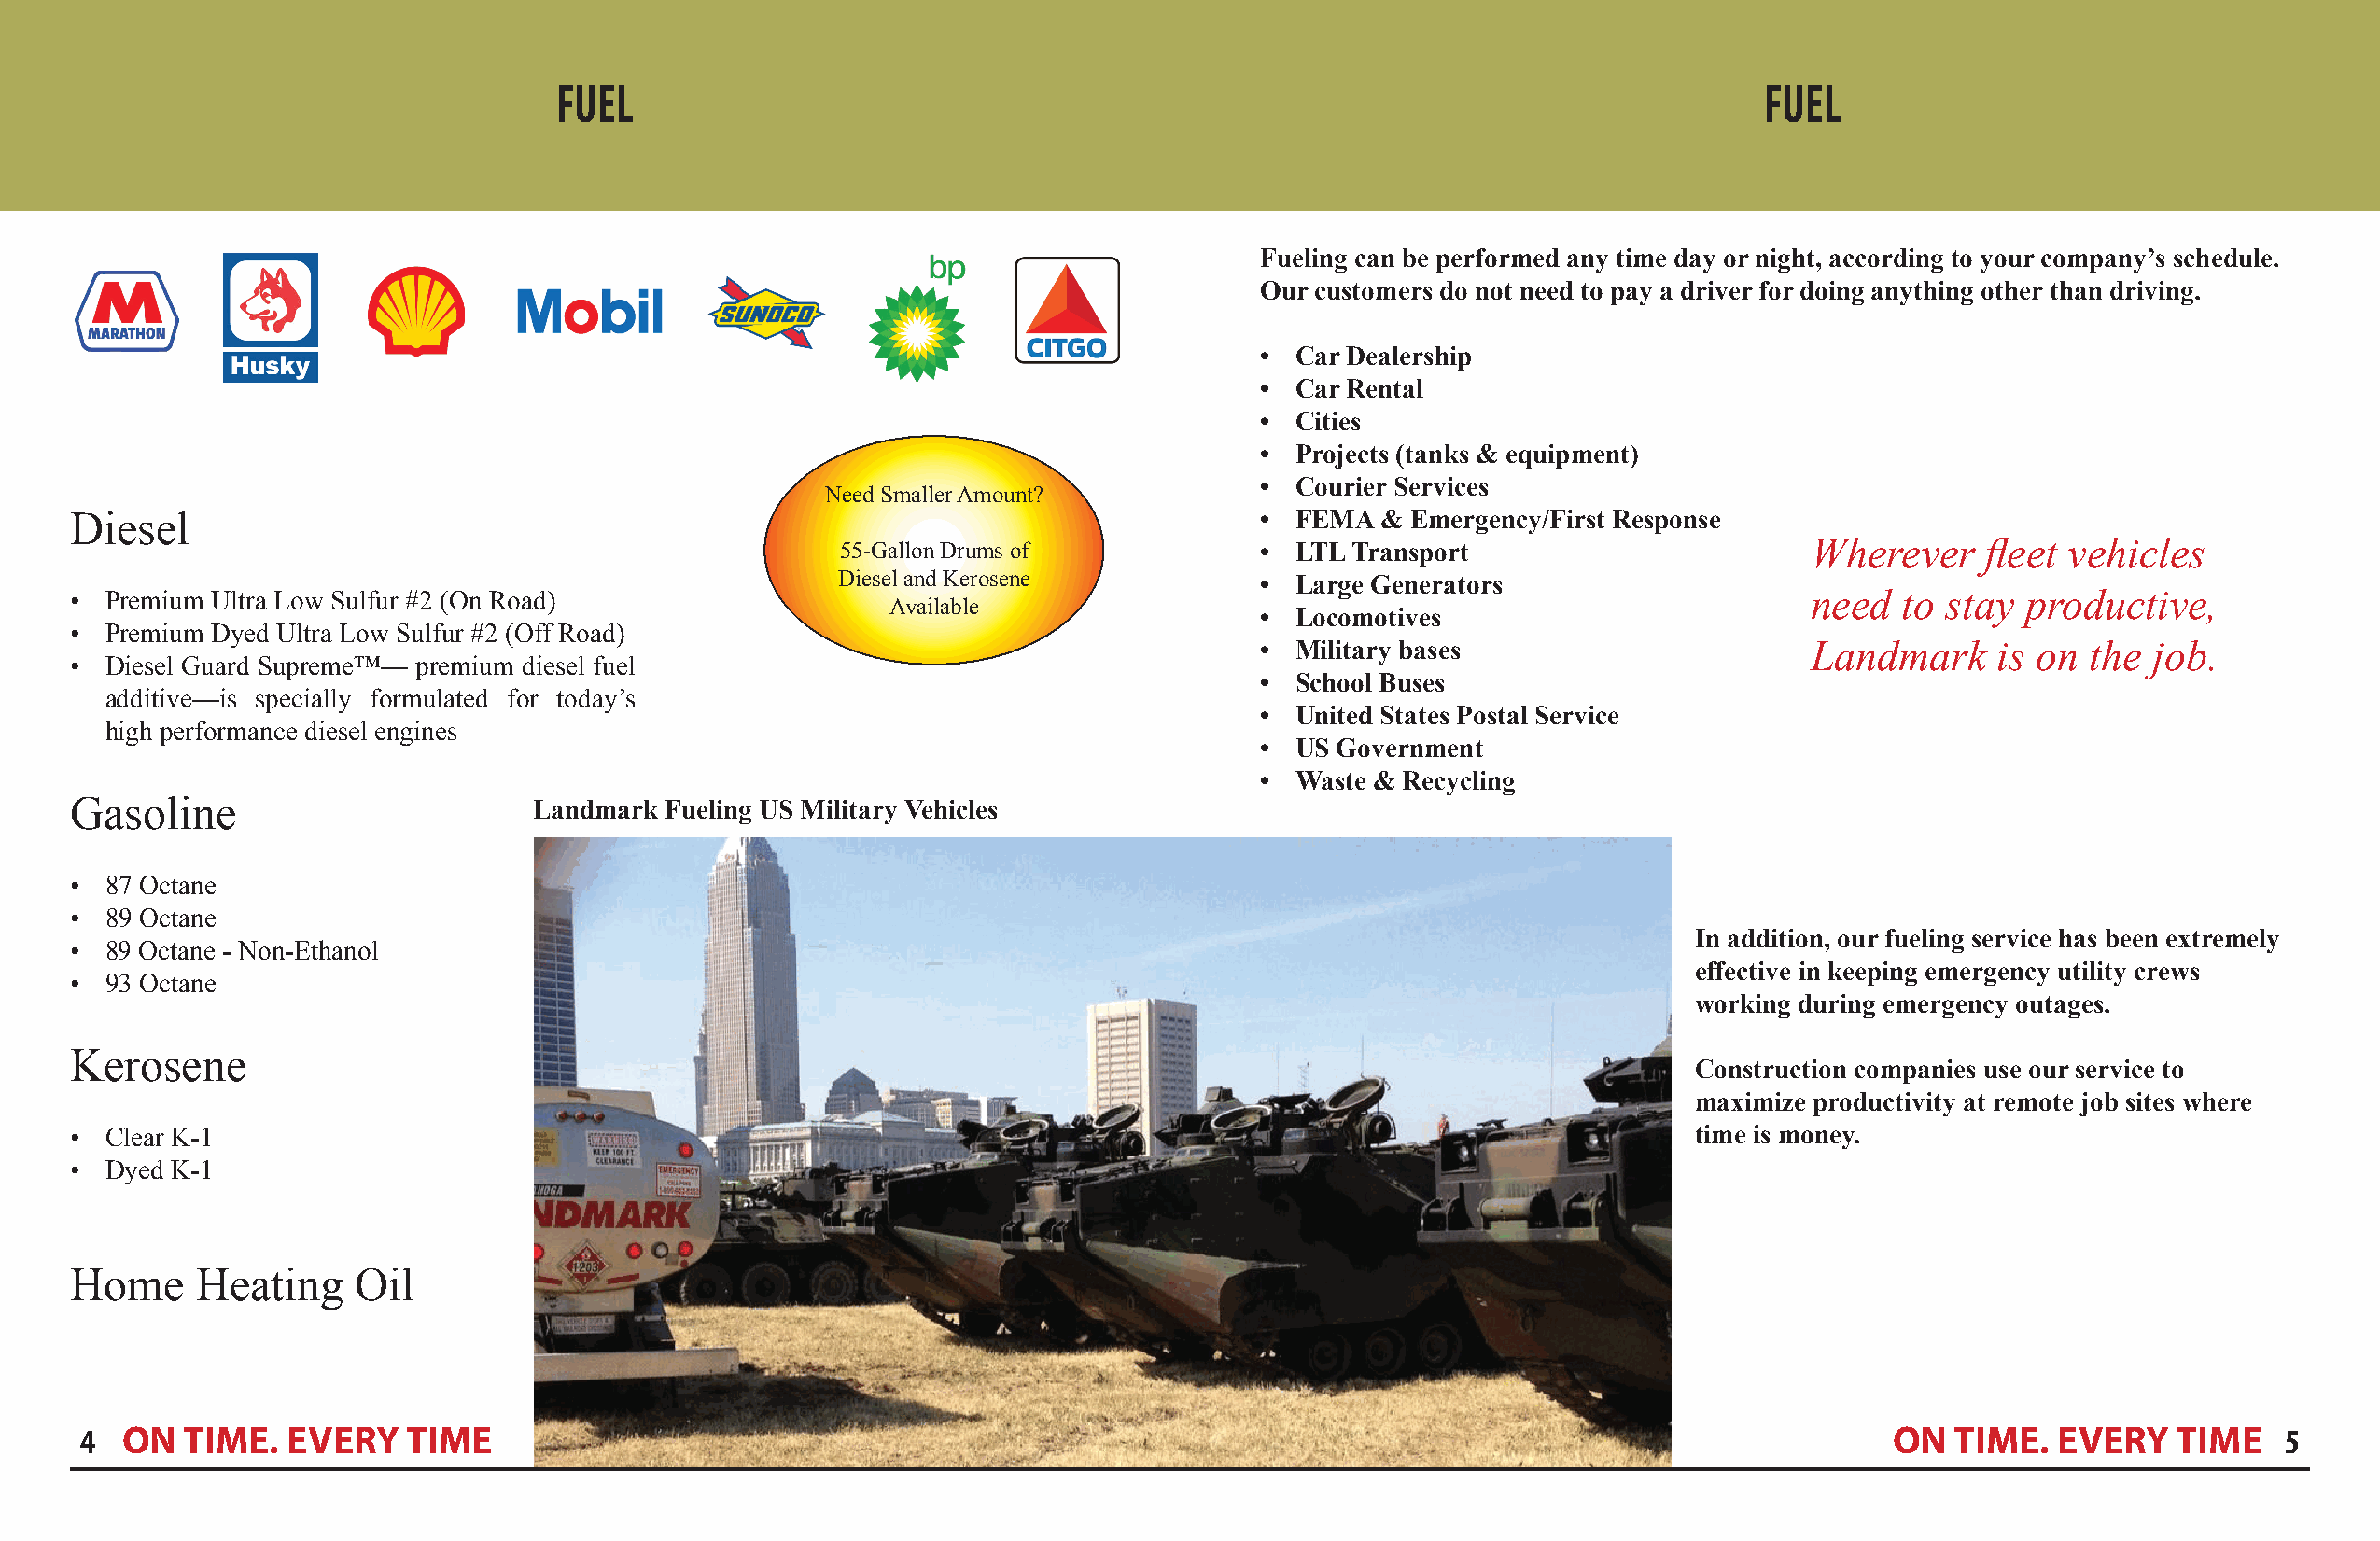
FUEL                                                                                  FUEL
 Fueling can be performed any time day or night, according to your company’s schedule.
 Our customers do not need to pay a driver for doing anything other than driving.
 •  Car Dealership
 •  Car Rental
 •  Cities
 •  Projects (tanks & equipment)
 •  Courier Services
 Need Smaller Amount?
 Diesel                                                                              •  FEMA  & Emergency/First Response
 55-Gallon Drums of           •  LTL Transport                       Wherever     fleet vehicles
 Diesel and Kerosene           •  Large Generators
 • Premium Ultra Low Sulfur #2 (On Road)                                                                                    need   to stay  productive,
 Available
 •  Locomotives
 • Premium Dyed Ultra Low Sulfur #2 (Off Road)
 •  Military bases                      Landmark      is on the  job.
 • Diesel Guard Supreme™— premium diesel fuel
 •  School Buses
 additive—is specially formulated for today’s
 •  United States Postal Service
 high performance diesel engines
 •  US Government
 •  Waste & Recycling
 Gasoline                         Landmark Fueling US Military Vehicles
 • 87 Octane
 • 89 Octane
 In addition, our fueling service has been extremely
 • 89 Octane - Non-Ethanol
 effective in keeping emergency utility crews
 • 93 Octane
 working during emergency outages.
 Kerosene
 Construction companies use our service to
 maximize productivity at remote job sites where
 • Clear K-1                                                                                                        time is money.
 • Dyed K-1
 Home     Heating    Oil
 4  ON  TIME.  EVERY    TIME                                                                                                     ON   TIME.  EVERY   TIME    5